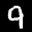
Label: 9